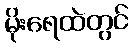
မိုးရေထဲတွင်